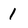
Character: 1